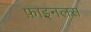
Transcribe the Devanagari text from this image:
फ़ाइनलस